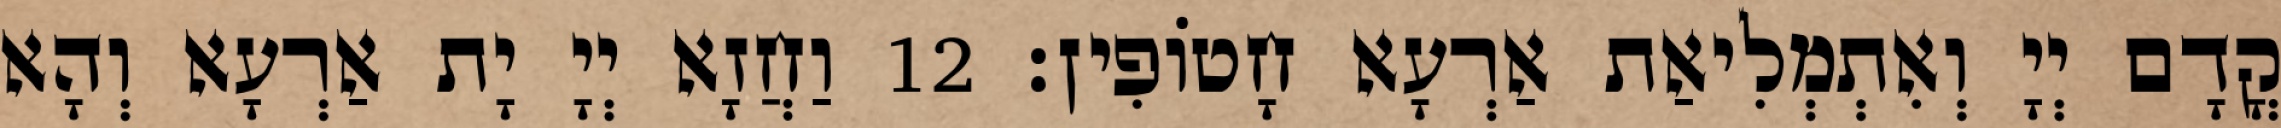
קֳדָם יְיָ וְאִתְמְלִיאַת אַרְעָא חָטוֹפִין׃ 12 וַחֲזָא יְיָ יָת אַרְעָא וְהָא